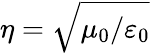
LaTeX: \eta=\sqrt{\mu_{0}/\varepsilon_{0}}